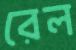
রেল